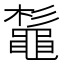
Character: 𪓫